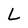
Character: L